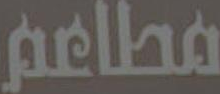
مطاعم